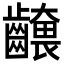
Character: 𮯕